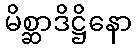
မိစ္ဆာဒိဋ္ဌိနော